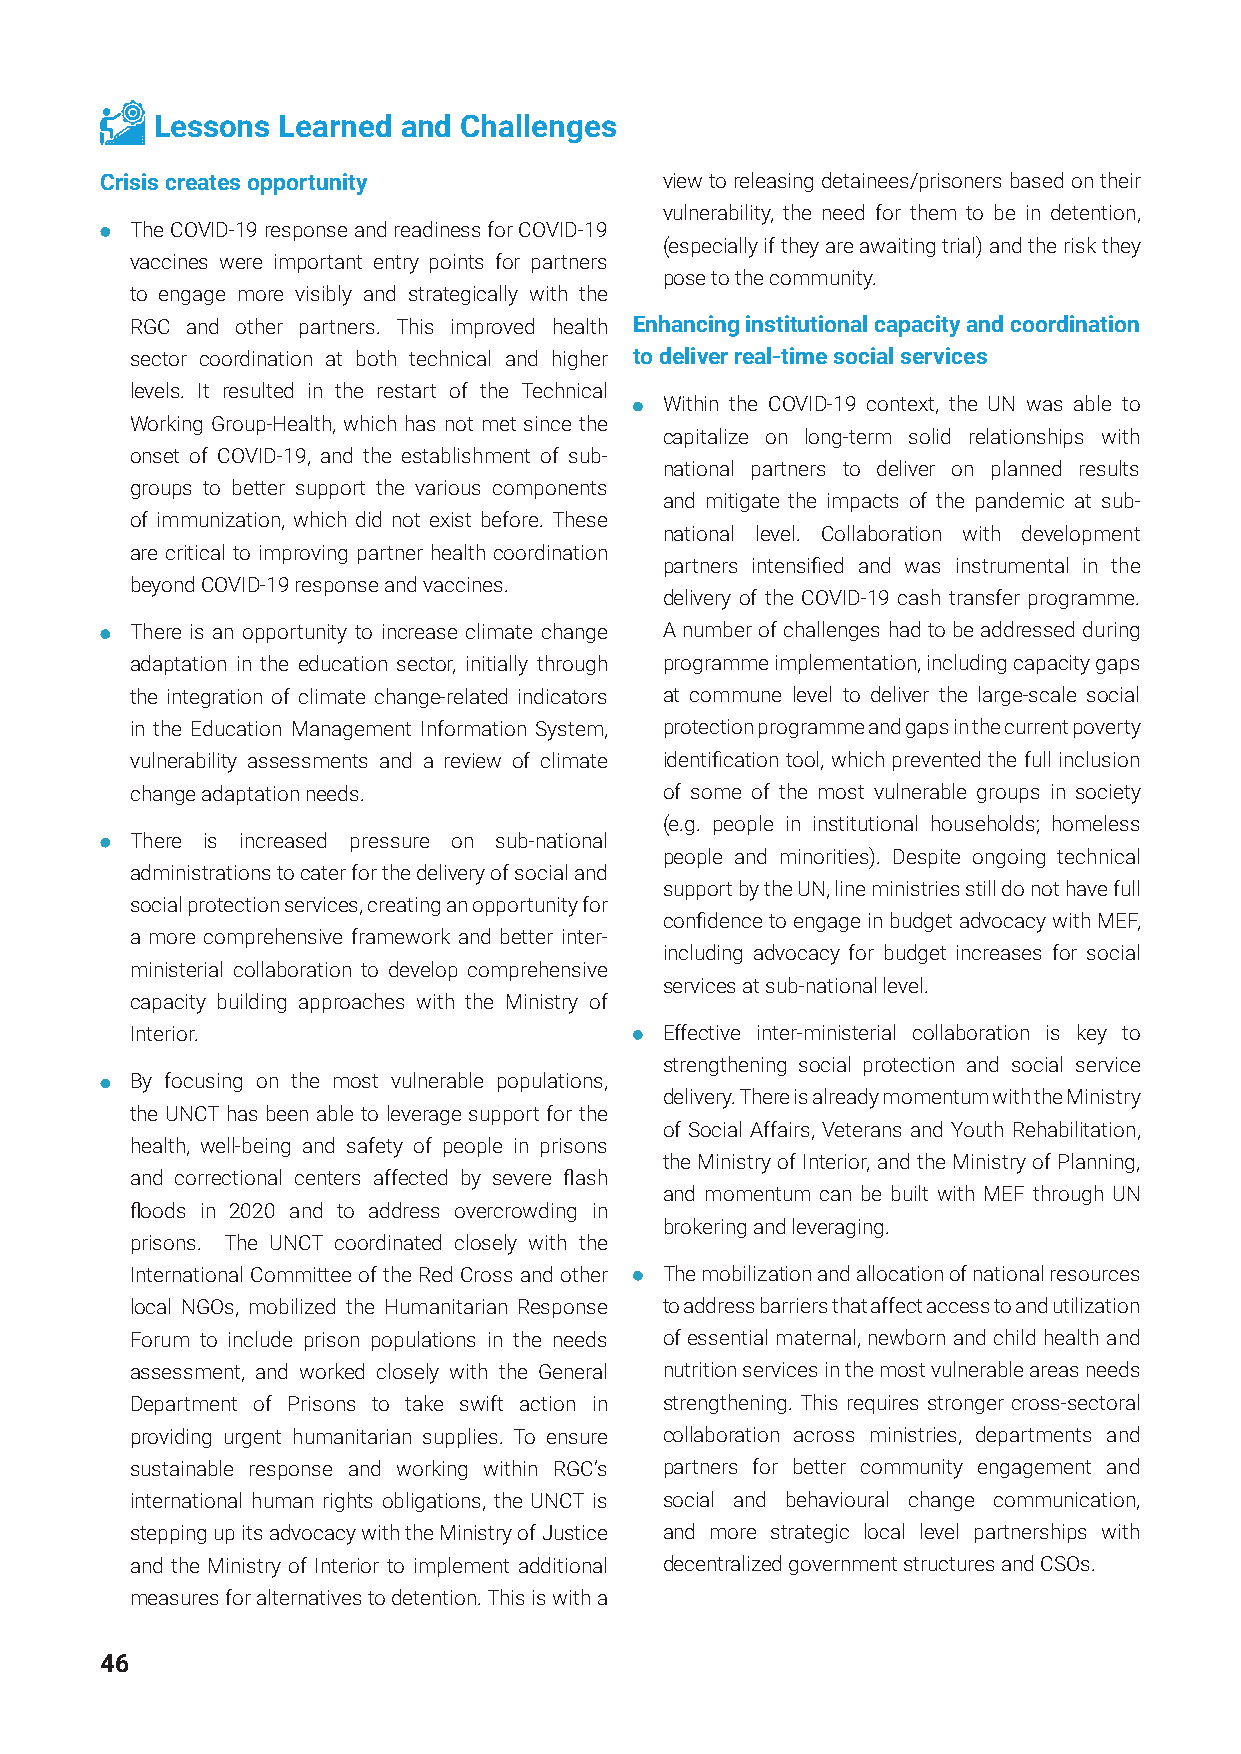
Lessons Learned  and Challenges
 Crisis creates opportunity           view to releasing detainees/prisoners based on their
 vulnerability, the need for them to be in detention,
 The COVID-19 response and readiness for COVID-19
 (especially if they are awaiting trial) and the risk they
 vaccines were important entry points for partners
 pose to the community.
 to engage more visibly and strategically with the
 RGC and other partners. This improved health Enhancing institutional capacity and coordination
 sector coordination at both technical and higher to deliver real-time social services
 levels. It resulted in the restart of the Technical
 Within the COVID-19 context, the UN was able to
 Working Group-Health, which has not met since the
 capitalize on long-term solid relationships with
 onset of COVID-19, and the establishment of sub-
 national partners to deliver on planned results
 groups to better support the various components
 and mitigate the impacts of the pandemic at sub-
 of immunization, which did not exist before. These
 national level. Collaboration with development
 are critical to improving partner health coordination
 partners intensified and was instrumental in the
 beyond COVID-19 response and vaccines.
 delivery of the COVID-19 cash transfer programme.
 There is an opportunity to increase climate change A number of challenges had to be addressed during
 adaptation in the education sector, initially through programme implementation, including capacity gaps
 the integration of climate change-related indicators at commune level to deliver the large-scale social
 in the Education Management Information System, protection programme and gaps in the current poverty
 vulnerability assessments and a review of climate identification tool, which prevented the full inclusion
 change adaptation needs.           of some of the most vulnerable groups in society
 (e.g. people in institutional households; homeless
 There is increased pressure on sub-national
 people and minorities). Despite ongoing technical
 administrations to cater for the delivery of social and
 support by the UN, line ministries still do not have full
 social protection services, creating an opportunity for
 confidence to engage in budget advocacy with MEF,
 a more comprehensive framework and better inter-
 including advocacy for budget increases for social
 ministerial collaboration to develop comprehensive
 services at sub-national level.
 capacity building approaches with the Ministry of
 Interior.                          Effective inter-ministerial collaboration is key to
 strengthening social protection and social service
 By focusing on the most vulnerable populations,
 delivery. There is already momentum with the Ministry
 the UNCT has been able to leverage support for the
 of Social Affairs, Veterans and Youth Rehabilitation,
 health, well-being and safety of people in prisons
 the Ministry of Interior, and the Ministry of Planning,
 and correctional centers affected by severe flash
 and momentum can be built with MEF through UN
 floods in 2020 and to address overcrowding in
 brokering and leveraging.
 prisons. The UNCT coordinated closely with the
 International Committee of the Red Cross and other The mobilization and allocation of national resources
 local NGOs, mobilized the Humanitarian Response to address barriers that affect access to and utilization
 Forum to include prison populations in the needs of essential maternal, newborn and child health and
 assessment, and worked closely with the General nutrition services in the most vulnerable areas needs
 Department of Prisons to take swift action in strengthening. This requires stronger cross-sectoral
 providing urgent humanitarian supplies. To ensure collaboration across ministries, departments and
 sustainable response and working within RGC’s partners for better community engagement and
 international human rights obligations, the UNCT is social and behavioural change communication,
 stepping up its advocacy with the Ministry of Justice and more strategic local level partnerships with
 and the Ministry of Interior to implement additional decentralized government structures and CSOs.
 measures for alternatives to detention. This is with a
 46